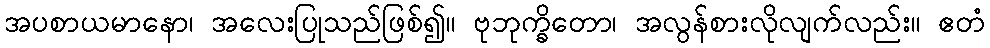
အပစာယမာနော၊ အလေးပြုသည်ဖြစ်၍။ ဗုဘုက္ခိတော၊ အလွန်စားလိုလျက်လည်း။ ဧတံ